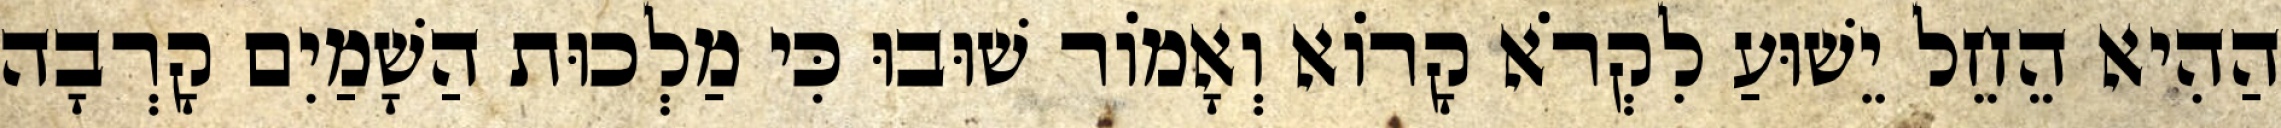
הַהִיא הֵחֵל יֵשׁוּעַ לִקְרֹא קָרוֹא וְאָמוֹר שׁוּבוּ כִּי מַלְכוּת הַשָׁמַיִם קָרְבָה